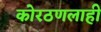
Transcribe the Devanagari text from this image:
कोरठणलाही